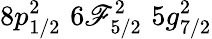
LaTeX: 8p_{1/2}^{2}\, \, 6\mathscr{F}_{5/2}^{2}\, \, 5g_{7/2}^{2}